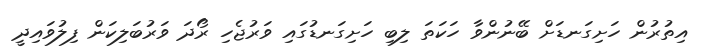
އިތުރުން ހަށިގަނޑަށް ބޭނުންވާ ހަކަތަ ލިބި ހަށިގަނޑުގައި ވަރުޖެހި ރޯދަ ވަރުބަލިކަން ފިލުވައިދީ